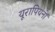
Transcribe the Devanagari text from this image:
यूरापियनों